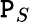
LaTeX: \mathtt{P}_{S}